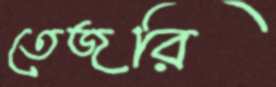
তেজরি